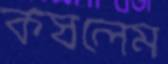
কষলেম